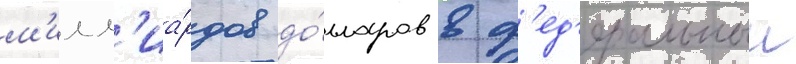
м'илл'иа́рдов до́лларов в ф'ед'еральныи